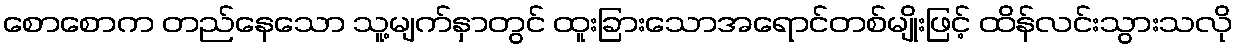
စောစောက တည်နေသော သူ့မျက်နှာတွင် ထူးခြားသောအရောင်တစ်မျိုးဖြင့် ထိန်လင်းသွားသလို